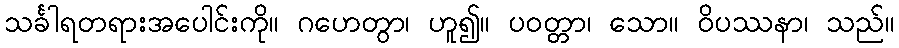
သင်္ခါရတရားအပေါင်းကို။ ဂဟေတွာ၊ ဟူ၍။ ပဝတ္တာ၊ သော။ ဝိပဿနာ၊ သည်။